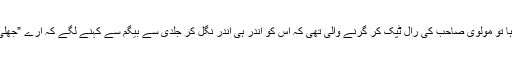
بیگم صاحبہ نے اسے اٹھا کر جب دیگچی میں ڈالنا چاہا تو مولوی صاحب کی رال ٹپک کر گرنے والی تھی کہ اس کو اندر ہی اندر نگل کر جلدی سے بیگم سے کہنے لگے کہ ارے ”جھلی“ (پگلی) ، جو خود سے آ رہی ہے، اسے تو آنے دے۔